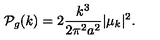
{ \cal P } _ { g } ( k ) = 2 { \frac { k ^ { 3 } } { 2 \pi ^ { 2 } a ^ { 2 } } } \vert \mu _ { k } \vert ^ { 2 } .